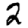
Digit: 2